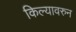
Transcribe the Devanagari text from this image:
किल्यावरुन